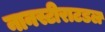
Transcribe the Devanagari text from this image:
नानस्टीराटडल